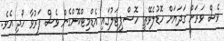
ވެސް ވަރަށް ގަދަޔަށް ހޮޑުލެވޭތީ ހޮސްޕިޓަލުގައި އެޑްމިޓްކޮށްގެން ވެސް ފަރުވާ ހޯދި އެވެ.